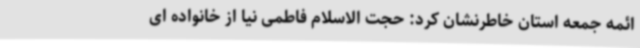
ائمه جمعه استان خاطرنشان کرد: حجت الاسلام فاطمی نیا از خانواده ای